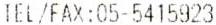
TEL/FAX:05-5415923